Vaccination in the Punjab 1897-1904 - 1897-1904
Year: 1897
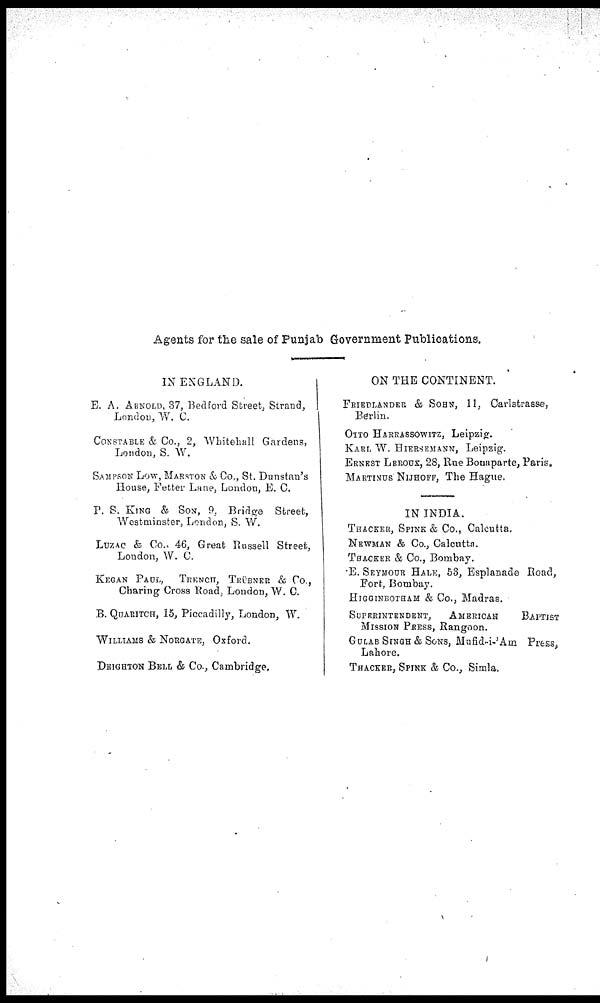
Agents for the sale of Punjab Government Publications.
IN ENGLAND.
E. A. ARNOLD, 37, Bedford Street, Strand,
London, W. C.
CONSTABLE & Co., 2, Whitehall Gardens,
London, S. W.
SAMPSON LOW, MARSTON & Co., St. Dunstan's
House, Fetter Lane, London, E. C.
P. S. KING & SON, 9, Bridge Street,
Westminster, London, S. W.
LUZAC & Co., 46, Great Russell Street,
London, W. C.
KEGAN PAUL, TRENCH, TRUBNER & Co,
Charing Cross Road, London, W. C.
B. QUARITCH, 15, Piccadilly, London, W.
WILLIAMS & NORGATE, Oxford.
DEIGHTON BELL & Co, Cambridge,
ON THE CONTINENT.
FRIEDLANDER & SOHN, 11, Carlstrasse,
Berlin.
OTTO HARRASSOWITZ, Leipzig.
KARL W. HIERSEMANN, Leipzig.
ERNEST LEROUX, 28, Rue Bonaparte, Paris.
MARTINUS NIJHOFF, The Hague.
IN INDIA.
THACKER, SPINK & Co., Calcutta.
NEWMAN & Co., Calcutta.
THACKER & Co., Bombay.
E. SEYMOUR HALE, 53, Esplanade Road,
Fort, Bombay.
HIGGINBOTHAM & Co., Madras.
SUPERINTENDENT,
AMERICAN
BAPTIST
MISSION PRESS, Rangoon.
GULAB SINGH & SONS, Mufid-i-'Am Press,
Lahore.
THACKER, SPINK & Co., Simla,